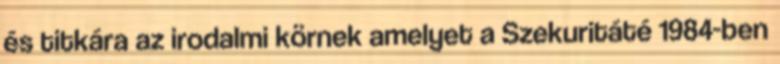
és titkára az irodalmi körnek amelyet a Szekuritáté 1984-ben